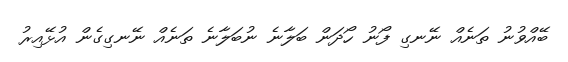
ބޭއްވުނު ތަނެއް ނޭނގި ފޯނު ހޯދަން ބަލާނެ ނުބަލާނެ ތަނެއް ނޭނގިގެން އުޅޭއިރު